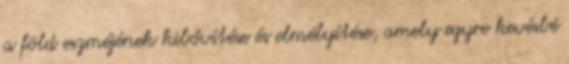
a föld eszméjének kibővítése és elmélyítése, amely egyre kevésbé